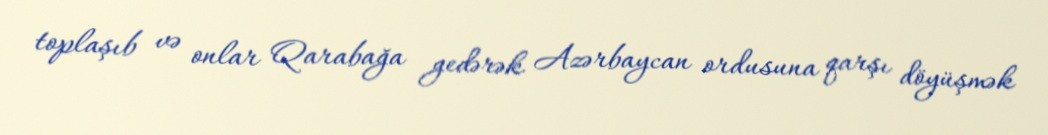
toplaşıb və onlar Qarabağa gedərək Azərbaycan ordusuna qarşı döyüşmək